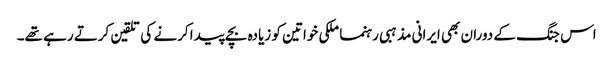
اس جنگ کے دوران بھی ایرانی مذہبی رہنما ملکی خواتین کو زیادہ بچے پیدا کرنے کی تلقین کرتے رہے تھے۔